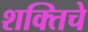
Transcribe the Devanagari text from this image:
शक्तिचे